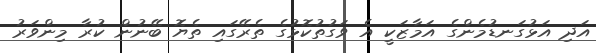
އަދި އަޅުގަނޑުމެންގެ އަމާޒަކީ އެ ވަގުތުކޮޅުގެ ތެރޭގައި ތެޔޮ ބޭނުން ކުރާ މިންވަރު